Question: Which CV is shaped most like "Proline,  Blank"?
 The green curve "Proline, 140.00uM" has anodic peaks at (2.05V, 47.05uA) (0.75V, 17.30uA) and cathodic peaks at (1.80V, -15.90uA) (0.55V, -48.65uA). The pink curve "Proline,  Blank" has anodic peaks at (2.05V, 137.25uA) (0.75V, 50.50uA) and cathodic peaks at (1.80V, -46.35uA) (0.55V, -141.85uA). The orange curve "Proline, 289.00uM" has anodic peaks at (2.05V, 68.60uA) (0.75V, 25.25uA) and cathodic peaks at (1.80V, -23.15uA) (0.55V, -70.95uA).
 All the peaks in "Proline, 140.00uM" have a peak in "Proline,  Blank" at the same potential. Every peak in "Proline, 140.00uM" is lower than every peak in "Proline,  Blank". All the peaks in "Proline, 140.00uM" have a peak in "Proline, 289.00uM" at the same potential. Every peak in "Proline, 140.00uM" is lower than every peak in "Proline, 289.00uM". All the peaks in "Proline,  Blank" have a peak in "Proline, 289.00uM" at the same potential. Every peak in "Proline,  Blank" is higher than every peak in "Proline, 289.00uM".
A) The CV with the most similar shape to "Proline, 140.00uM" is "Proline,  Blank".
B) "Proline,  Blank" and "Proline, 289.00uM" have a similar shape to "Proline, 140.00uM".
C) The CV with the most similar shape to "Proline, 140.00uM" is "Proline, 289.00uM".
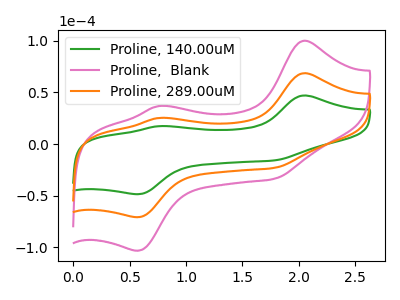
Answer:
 <answer>B) "Proline,  Blank" and "Proline, 289.00uM" have a similar shape to "Proline, 140.00uM".</answer>
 <eval>B</eval>